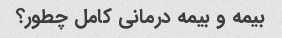
بیمه و بیمه درمانی کامل چطور؟